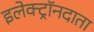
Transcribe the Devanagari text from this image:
इलेक्ट्रॉनदाता